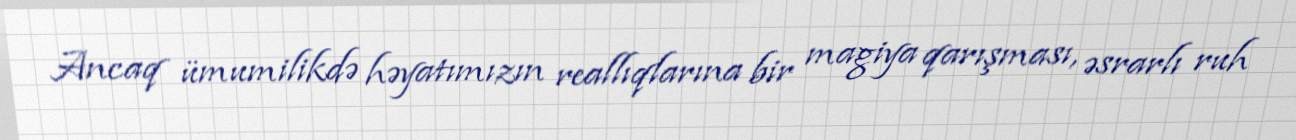
Ancaq ümumilikdə həyatımızın reallıqlarına bir magiya qarışması, əsrarlı ruh